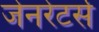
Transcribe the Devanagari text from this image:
जेनरेटर्स